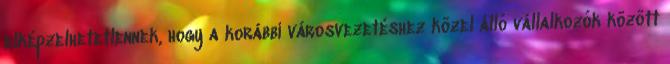
elképzelhetetlennek, hogy a korábbi városvezetéshez közel álló vállalkozók között